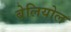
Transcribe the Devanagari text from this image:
बेलियोल